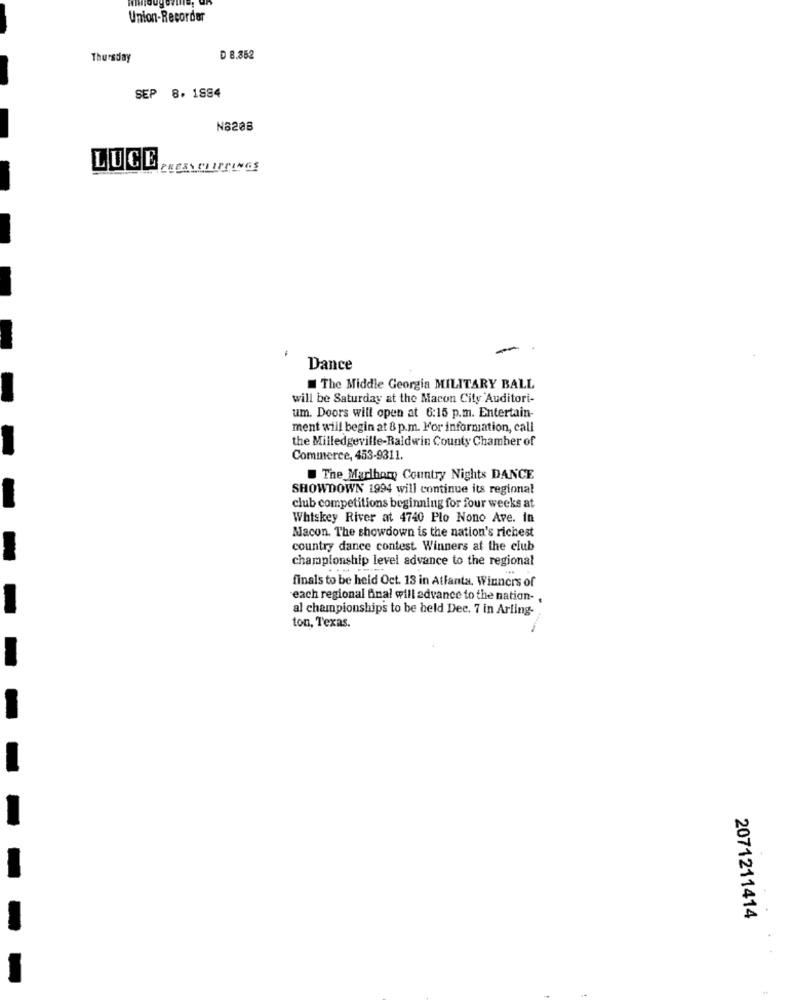
Union-Recorder
Thursday
D 8.852
SEP 8. 1884
N6208
LUCE
Dance
The Middle Georgia MILITARY BALL
will be Saturday at the Macon City Auditori-
um. Doors will open at 6:15 p.m. Entertain-
ment will begin at 8 p.m. For information, call
the Milledgeville-Baldwin County Chamber of
-
Commerce, 453-9311.
The Marlhory Country Nights DANCE
SHOWDOWN 1994 will continue its regional
-
club competitions beginning for four weeks at
Whiskey River at 4740 Plo Nono Ave. In
Macon. The showdown is the nation's richest
country dance contest. Winners at the club
championship level advance to the regional
finals to be held Oct. 13 in Atlanta, Winners of
each regional Anal will advance to the nation- .
al championships to be held Dee. 7 in Arling-
ton, Texas.
2071211414